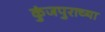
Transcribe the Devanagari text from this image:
कुंजपुराच्या